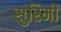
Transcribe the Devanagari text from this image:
सुरिमी